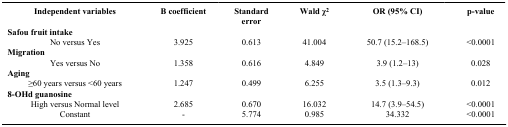
<table><thead><tr><td><b>Independent variables</b></td><td><b>B coefficient</b></td><td><b>Standard error</b></td><td><b>Wald χ<sup>2</sup></b></td><td><b>OR (95% CI)</b></td><td><b>p-value</b></td></tr></thead><tbody><tr><td colspan="6"><b>Safou fruit intake</b></td></tr><tr><td>No versus Yes</td><td>3.925</td><td>0.613</td><td>41.004</td><td>50.7 (15.2–168.5)</td><td>&lt;0.0001</td></tr><tr><td colspan="6"><b>Migration</b></td></tr><tr><td>Yes versus No</td><td>1.358</td><td>0.616</td><td>4.849</td><td>3.9 (1.2–13)</td><td>0.028</td></tr><tr><td colspan="6"><b>Aging</b></td></tr><tr><td>≥60 years versus &lt;60 years</td><td>1.247</td><td>0.499</td><td>6.255</td><td>3.5 (1.3–9.3)</td><td>0.012</td></tr><tr><td colspan="6"><b>8-OHd guanosine</b></td></tr><tr><td>High versus Normal level</td><td>2.685</td><td>0.670</td><td>16.032</td><td>14.7 (3.9–54.5)</td><td>&lt;0.0001</td></tr><tr><td>Constant</td><td>-</td><td>5.774</td><td>0.985</td><td>34.332</td><td>&lt;0.0001</td></tr></tbody></table>